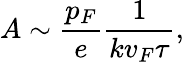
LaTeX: A\sim\frac{p_{F}}{e}\frac{1}{kv_{F}\tau},